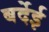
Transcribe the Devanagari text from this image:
बर्देई